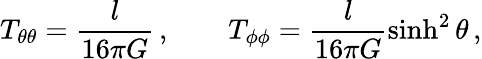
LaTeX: T_{\theta\theta}=\frac{l}{16\pi G}\, ,\qquad T_{\phi\phi}=\frac{l}{16\pi G}\sinh^{2}\theta\, ,